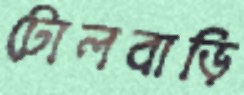
টোলবাড়ি